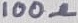
Text: 100Ω